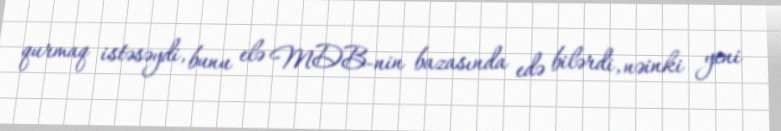
qurmaq istəsəydi, bunu elə MDB-nin bazasında edə bilərdi, nəinki yeni